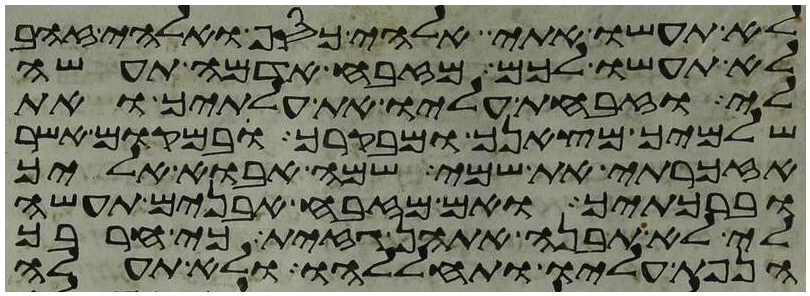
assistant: לא תעשו אתי אלהי כסף ואלהי זהב
לא תעשו לכם מזבח אדמה תעשה
לי וזבחת עליו את עלתיך ואת
שלמיך מצאנך ומבקרך ובמקום אשר
אזכרתי את שמי שמה אבוא אליך
וברכתיך ואם מזבח אבנים תעשה
לי לא תבנה אתהן גזית כי חרבך
הנפת עליו ותחללהו ולא תעלה